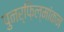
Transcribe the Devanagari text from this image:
पुनर्फ़िल्मांकन